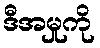
ဒီအမှုကို